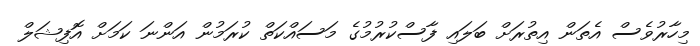
މިހާރުވެސް އެތަން އިތުރަށް ބަލައި ފާސްކުރުމުގެ މަސައްކަތް ކުރަމުން އަންނަ ކަމަށް އޮފިޝަލް